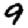
Digit: 9